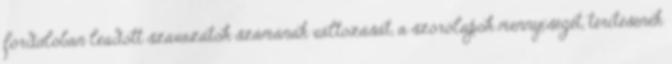
fordulóban leadott szavazatok számának változását, a szórólapok mennyiségét, terítésének